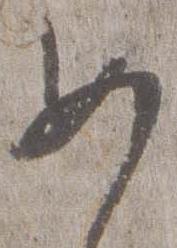
女